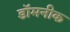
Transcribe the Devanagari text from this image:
डॉमनीक